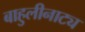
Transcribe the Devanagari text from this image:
बाहुलीनाट्य